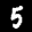
Label: 5